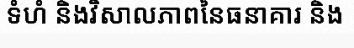
ទំហំ និងវិសាលភាពនៃធនាគារ និង